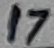
Text: 17